Civil Veterinary Department. United Provinces 1923-31 - 1923-1931
Year: 1923
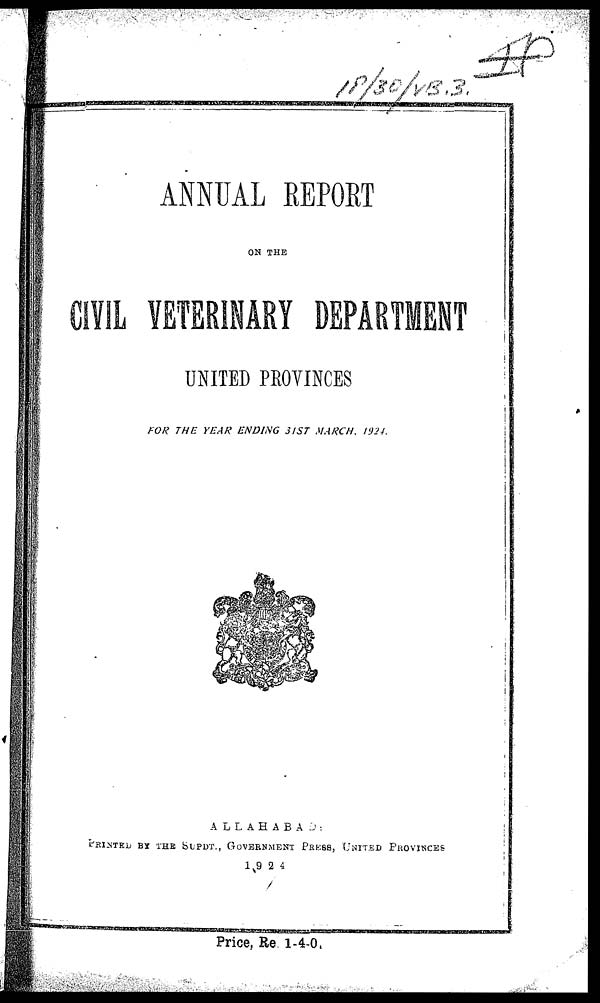
ANNUAL REPORT
ON THE
CIVIL VETERINARY DEPARTMENT
UNITED PROVINCES
FOR THE YEAR ENDING 31 ST MARCH, 1924.
ALLAHABAD:
PRINTED BY THE SUPDT., GOVERNMENT PRESS, UNITED PROVINCES
1924
Price, Re. 1-4-0.